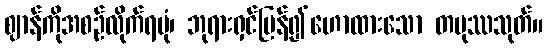
ဈာန်ကိုအစဉ်လိုက်ရပုံ၊ ဘုရားရှင်ပြန်၍ဟောထားသော တပုဿသုတ်။